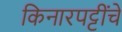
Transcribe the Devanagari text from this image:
किनारपट्टींचे